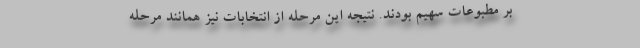
بر مطبوعات سهیم بودند. نتیجه این مرحله از انتخابات نیز همانند مرحله